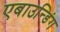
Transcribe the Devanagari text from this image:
एबाउन्डिंग